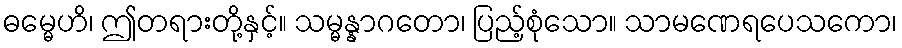
ဓမ္မေဟိ၊ ဤတရားတို့နှင့်။ သမ္မန္နာဂတော၊ ပြည့်စုံသော။ သာမဏေရပေသကော၊